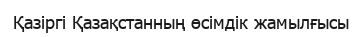
Қазіргі Қазақстанның өсімдік жамылғысы